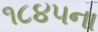
૧૮૪૫ના